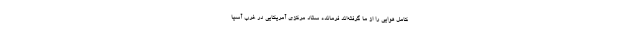
کامل هوایی را از ما گرفته‌اند فرمانده ستاد مرکزی آمریکایی در غرب آسیا